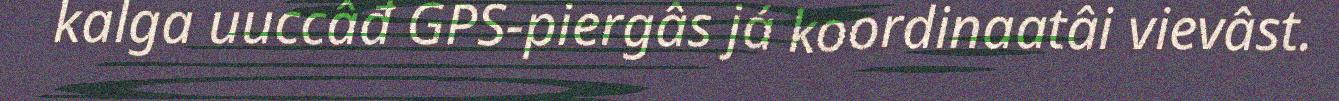
kalga uuccâđ GPS-piergâs já koordinaatâi vievâst.